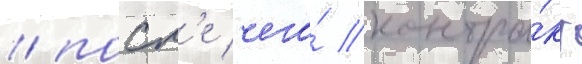
/ посл'е чего́ контра́кт